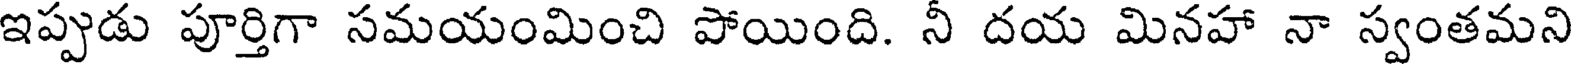
ఇప్పుడు పూర్తిగా సమయంమించి పోయింది. నీ దయ మినహా నా స్వంతమని